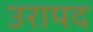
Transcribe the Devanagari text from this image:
उरापद